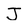
Character: J